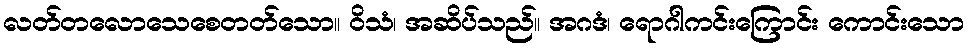
လတ်တလောသေစေတတ်သော။ ဝိသံ၊ အဆိပ်သည်။ အဂဒံ၊ ရောဂါကင်းကြောင်း ကောင်းသော